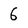
Character: 6